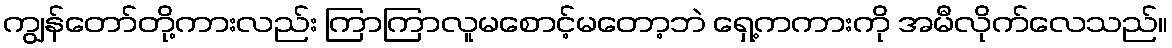
ကျွန်တော်တို့ကားလည်း ကြာကြာလူမစောင့်မတော့ဘဲ ရှေ့ကကားကို အမီလိုက်လေသည်။